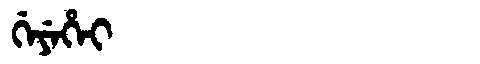
Manchu: ᡤᡝᠶᡝᡥᡝᡳ
Romanization: GEYEHEI